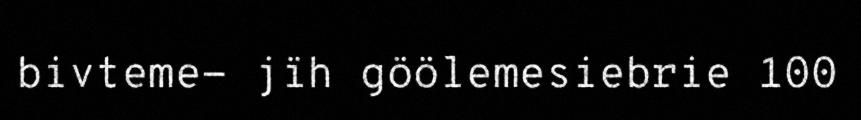
bivteme- jïh göölemesiebrie 100